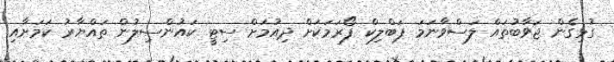
ގުޅިގެން ޖަވާބުތައް ލަސްވާނަމަ ޕަބްލިކް ފޯރަމަކަށް ދިއުމަށް ސިޓީ ކައުންސިލުން ތައްޔާރު ކަމަށާއި